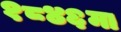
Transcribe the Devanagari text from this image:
१८४६मा